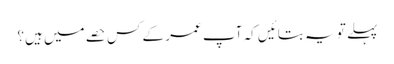
پہلے تو یہ بتائیں کہ آپ عمر کے کس حصے میں‌ ہیں؟